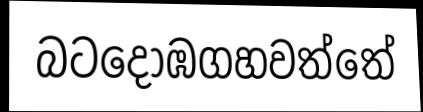
බටදොඹගහවත්තේ